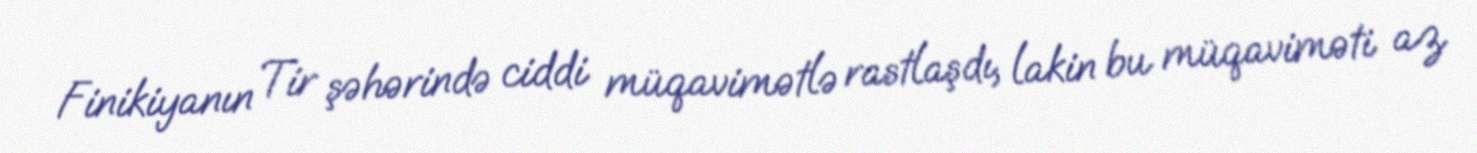
Finikiyanın Tir şəhərində ciddi müqavimətlə rastlaşdı, lakin bu müqaviməti az